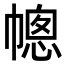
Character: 幒